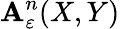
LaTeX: \mathbf{A}_{\varepsilon}^{n}(X,Y)